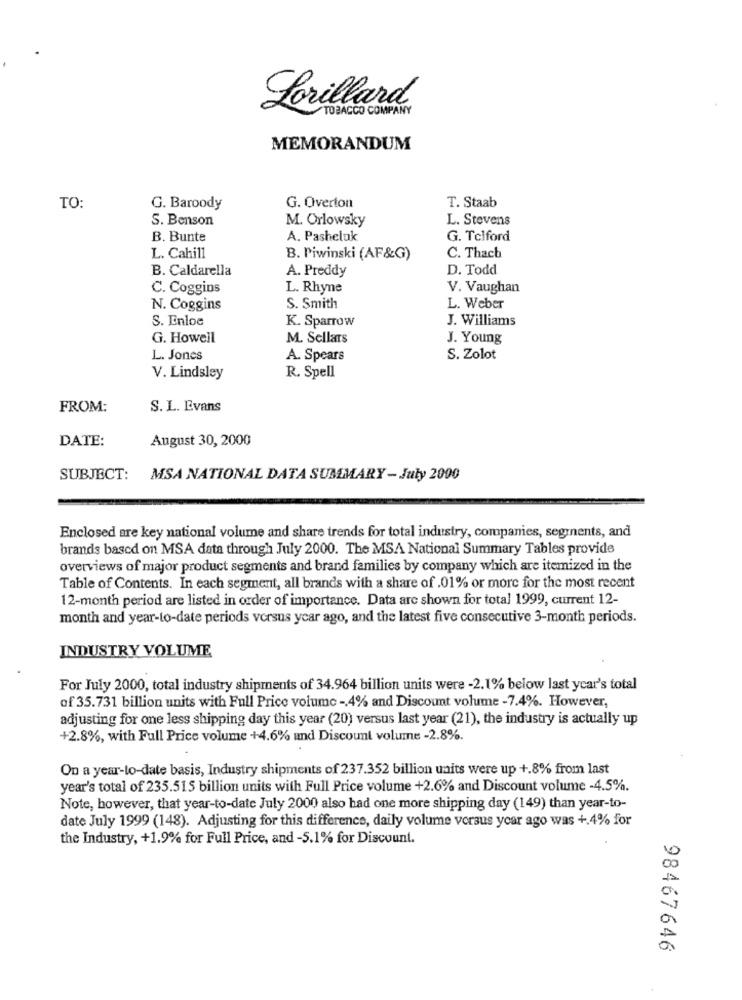
Lorillard
TOBACCO COMPANY
MEMORANDUM
T. Staab
TO:
G. Baroody
G. Overton
S. Benson
M. Orlowsky
L. Stevens
B. Bunte
A. Pasheluk
G. Telford
L. Cahill
B. Piwinski (AF&G)
C. Thach
B. Caldarella
A. Preddy
D. Todd
C. Coggins
L. Rhyne
V. Vaughan
N. Coggins
S. Smith
L. Weber
S. Enloe
J. Williams
K. Sparrow
G. Howell
M. Sellars
J. Young
L. Jones
A. Spears
S. Zolot
V. Lindsley
R. Spell
FROM:
S. L. Evans
DATE:
August 30, 2000
SUBJECT:
MSA NATIONAL DATA SUMMARY - July 2000
Enclosed are key national volume and share trends for total industry, companies, segrnents, and
brands based on MSA data through July 2000. The MSA National Summary Tables provide
overviews of major product segments and brand families by company which are itemized in the
Table of Contents. In each segment, all brands with a share of .01% or more for the most recent
12-month period are listed in order of importance. Data are shown for total 1999, current 12-
month and year-to-date periods versus year ago, and the latest five consecutive 3-month periods.
INDUSTRY VOLUME
For July 2000, total industry shipments of 34.964 billion units were -2.1% below last year's total
of 35.731 billion units with Full Price volume -, 4% and Discount volume -7.4%. However,
adjusting for one less shipping day this year (20) versus last year (21), the industry is actually up
+2.8%, with Full Price volume +4.6% and Discount volume -2.8%.
On a year-to-date basis, Industry shipments of 237.352 billion units were up +.8% from last
year's total of 235.515 billion units with Full Price volume +2.6% and Discount volume -4.5%.
Note, however, that year-to-date July 2000 also had one more shipping day (149) than year-to-
date July 1999 (148). Adjusting for this difference, daily volume versus year ago was +.4% for
the Industry, +1.9% for Full Price, and -5.1% for Discount.
98467646